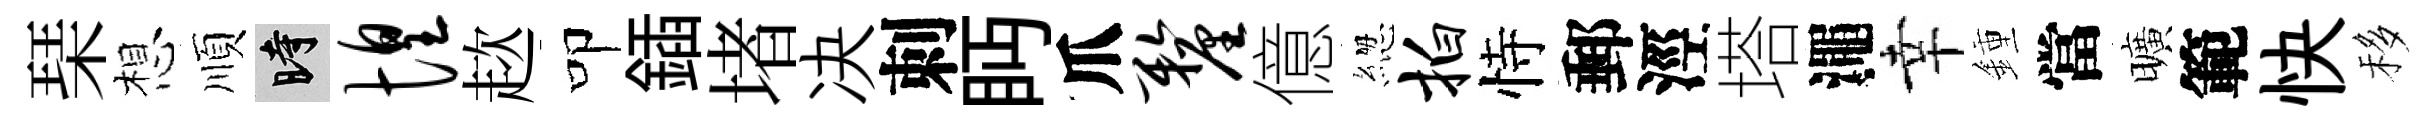
琹想順时惶趑叩鍤堵决刺眄爪厘億緫拍恃郵涇塔澠幸鍾當曠範快移